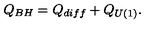
Q _ { B H } = Q _ { d i f f } + Q _ { U ( 1 ) } .